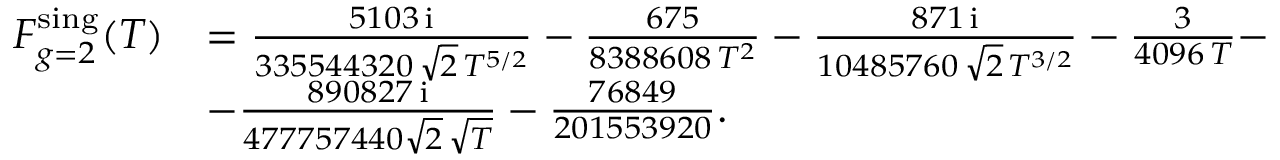
\begin{array} { r l } { F _ { g = 2 } ^ { \mathrm { s i n g } } ( T ) } & { = \frac { 5 1 0 3 \, { \mathrm { i } } } { 3 3 5 5 4 4 3 2 0 \, \sqrt { 2 } \, T ^ { 5 / 2 } } - \frac { 6 7 5 } { 8 3 8 8 6 0 8 \, T ^ { 2 } } - \frac { 8 7 1 \, { \mathrm { i } } } { 1 0 4 8 5 7 6 0 \, \sqrt { 2 } \, T ^ { 3 / 2 } } - \frac { 3 } { 4 0 9 6 \, T } - } \\ & { - \frac { 8 9 0 8 2 7 \, { \mathrm { i } } } { 4 7 7 7 5 7 4 4 0 \sqrt { 2 } \, \sqrt { T } } - \frac { 7 6 8 4 9 } { 2 0 1 5 5 3 9 2 0 } . } \end{array}